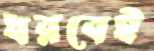
ধরবেই